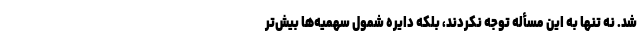
شد. نه تنها به این مسأله توجه نکردند، بلکه دایره شمول سهمیه‌ها بیش‌تر